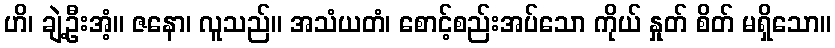
ဟိ၊ ချဲ့ဦးအံ့။ ဇနော၊ လူသည်။ အသံယတံ၊ စောင့်စည်းအပ်သော ကိုယ် နှုတ် စိတ် မရှိသော။